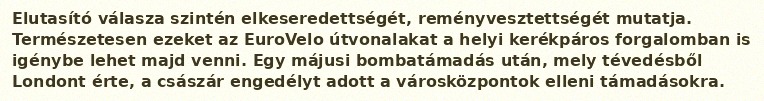
Elutasító válasza szintén elkeseredettségét, reményvesztettségét mutatja. Természetesen ezeket az EuroVelo útvonalakat a helyi kerékpáros forgalomban is igénybe lehet majd venni. Egy májusi bombatámadás után, mely tévedésből Londont érte, a császár engedélyt adott a városközpontok elleni támadásokra.